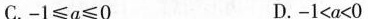
C.$$- 1 ≤ a ≤ 0$$ D.$$- 1 < a < 0$$